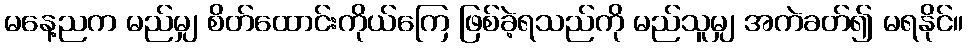
မနေ့ညက မည်မျှ စိတ်ထောင်းကိုယ်ကြေ ဖြစ်ခဲ့ရသည်ကို မည်သူမျှ အကဲခတ်၍ မရနိုင်။